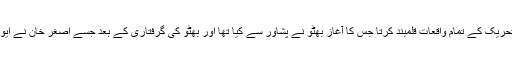
اگر میرا مقصد پاکستان کی تاریخ مرتب کرنا ہوتا تو اس عوامی تحریک کے تمام واقعات قلمبند کرتا جس کا آغاز بھٹو نے پشاور سے کیا تھا اور بھٹو کی گرفتاری کے بعد جسے اصغر خان نے ایوبی آمریت کی بنیادیں ہلا دینے والے طوفان کا روپ عطا کر دیا ۔